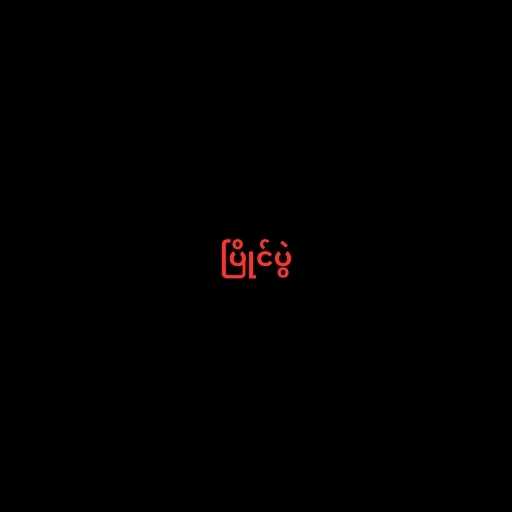
ပြိုင်ပွဲ